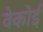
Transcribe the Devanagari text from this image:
वेकोई